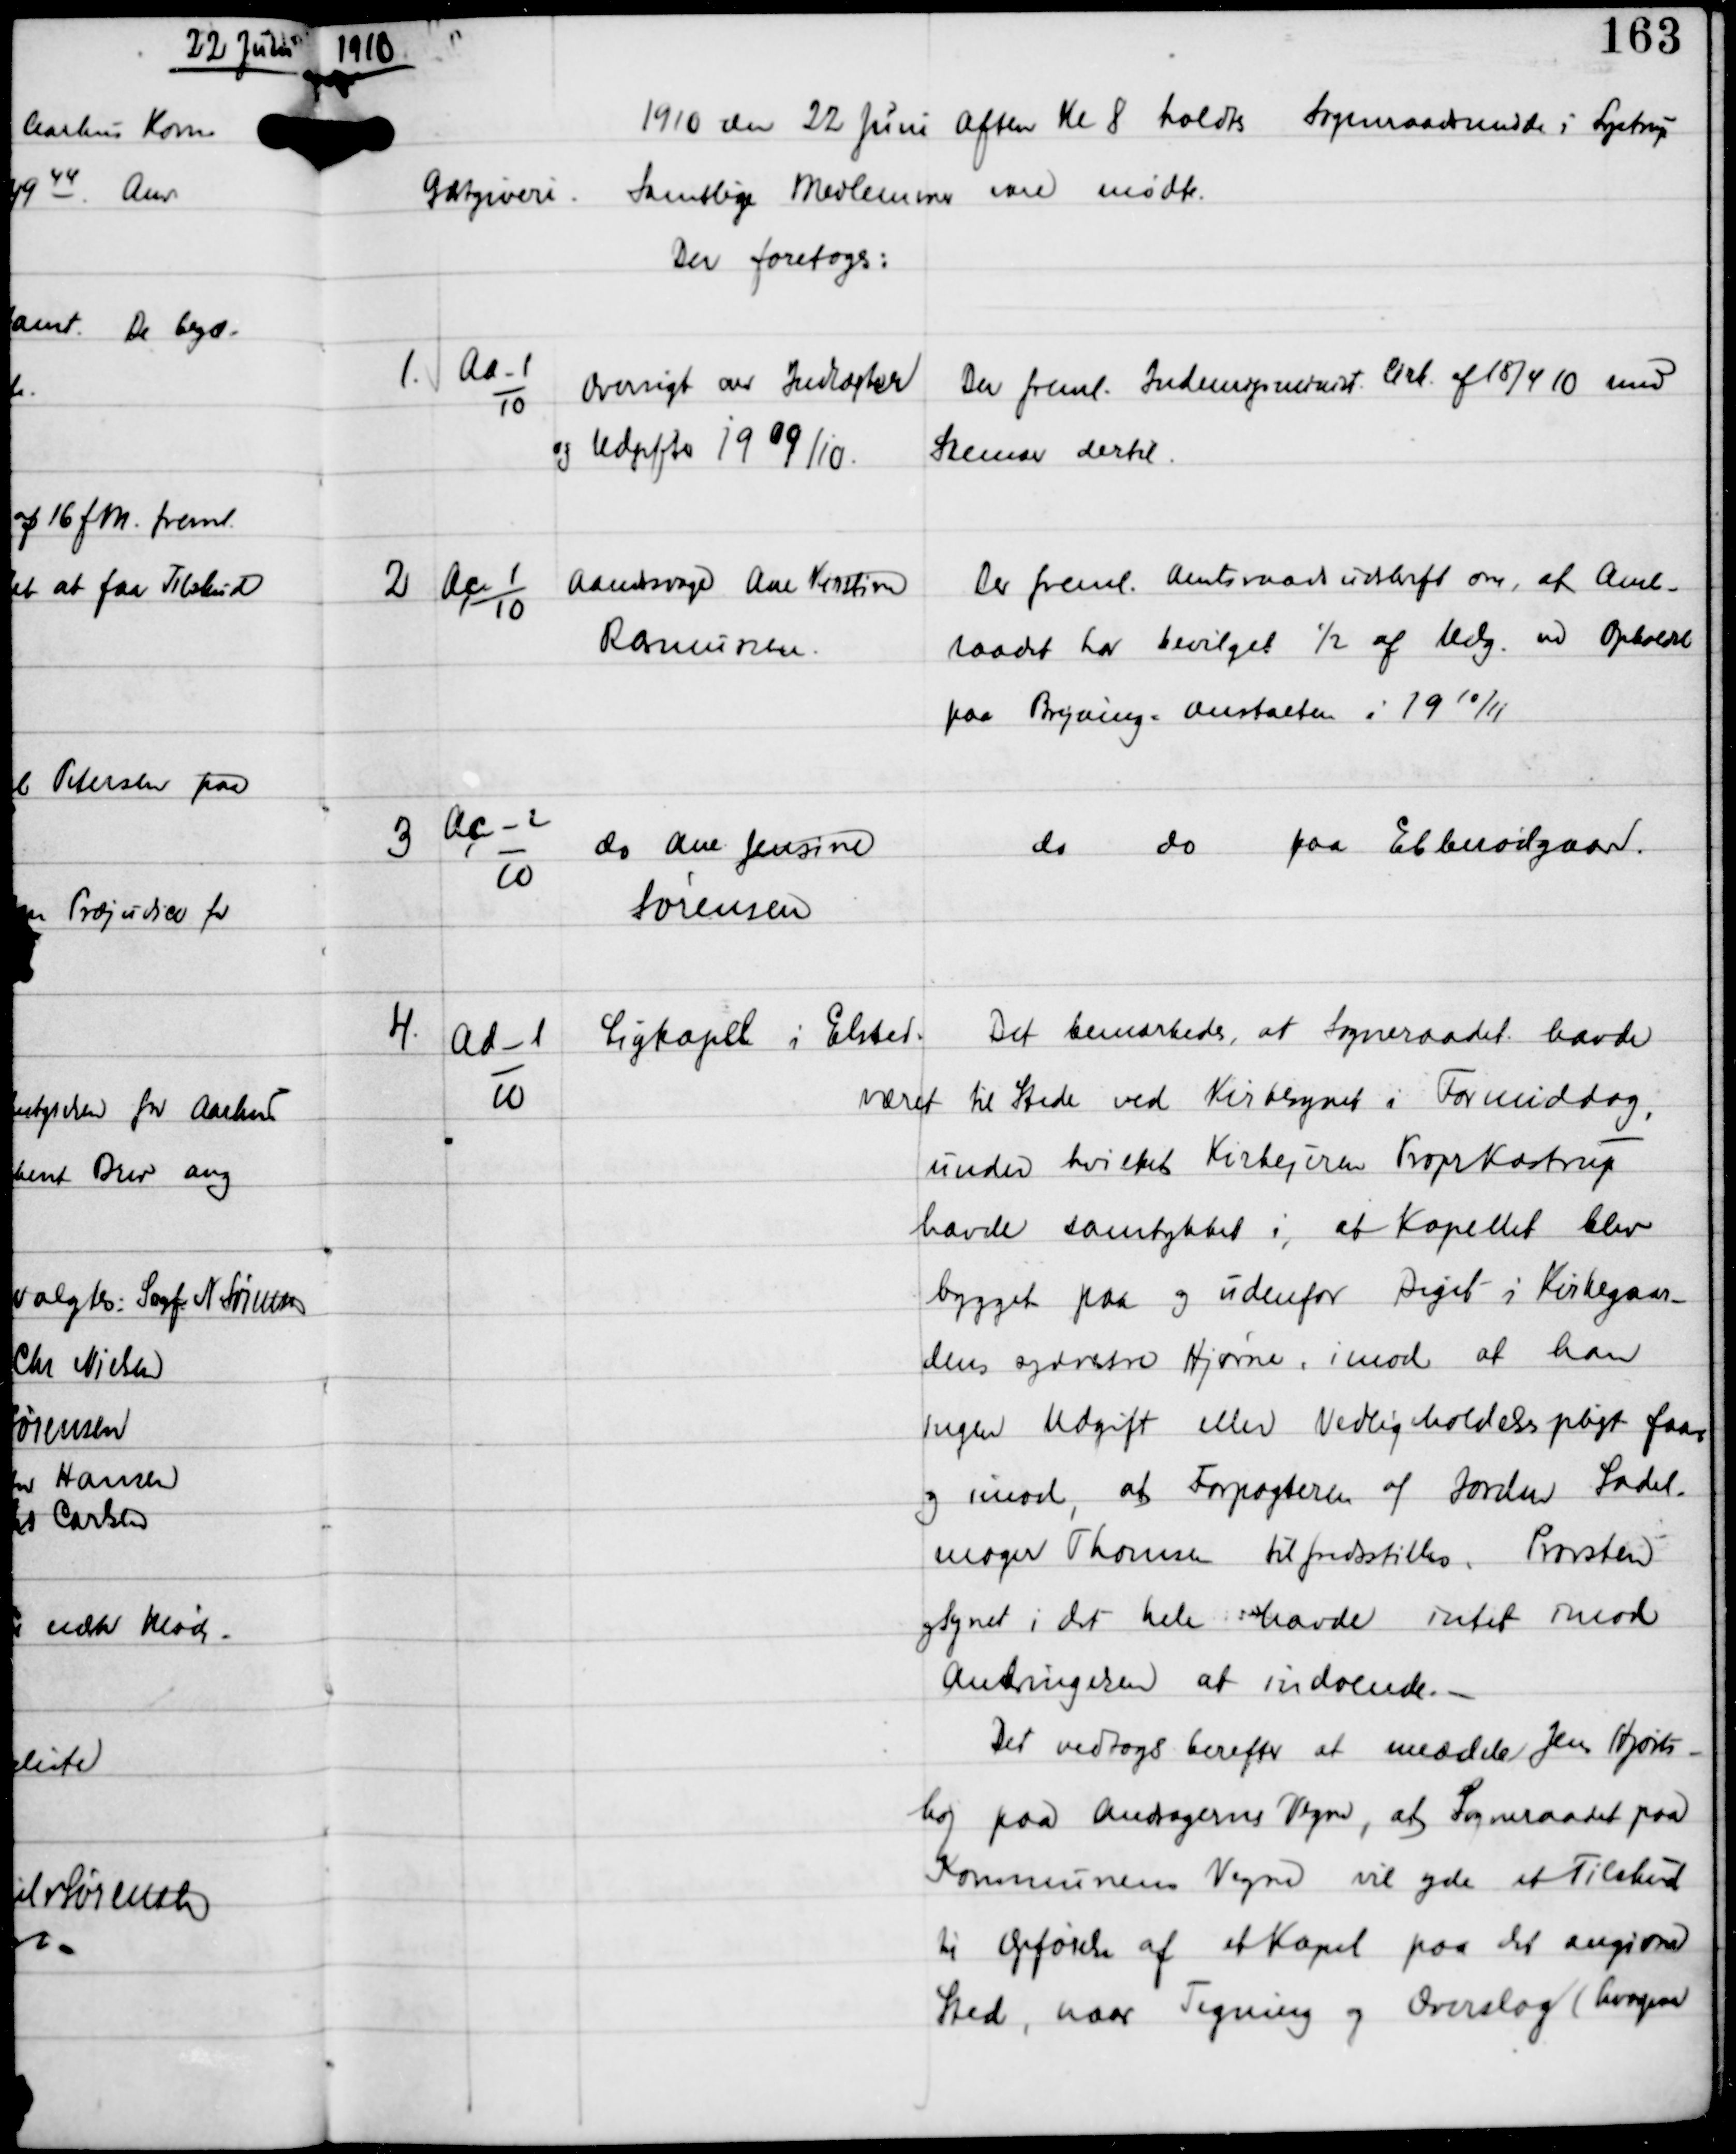
Transskription:
1910

1910 den 22 Juni Aften Kl 8 holdtes Sogneraadsmøde i Lystrup
Gæstgiveri.
Samtlige Medlemmer vare mødte.
Der foretoges:

1

Aa-1
10

Oversigt over Indtægter
og Udgifter 1909/10.

Der freml. Indenrigsminist Cirk af 18/4 10 med
Skemaer dertil.

2

Ac-1
10

Aandsvage Ane Kirstine
Rasmussen

Der freml Amtsraadsudskrift om, at Amts-
raadet har bevilget ½ af Udg. ved Ophold
paa Brejning-Anstalten i 19 10/11

3

Ac-2
10

do Ane Jensine
Sørensen

do
do
paa Ebberødgaard.

4

Ad-1
10

Ligkapel i Elsted.

Det bemærkedes, at Sogneraadet havde

været til Stede ved Kirkesynet i Formiddag
under hvilket Kirkejeren Propr Kastrup
havde samtykket i, at Kapellet blev
bygget paa og udenfor Diget i Kirkegaar-
dens yderste Hjørne imod at han
ingen Udgift eller Vedligeholdelsespligt faar,
og imod, at Forpagteren af Jorden Sadel-
mager Thomsen tilfredsstilles. Provsten
og Synet i det hele havde intet imod
Anbringelsen at indvende. -
Det vedtoges herefter at meddele Jens Hjorts-
høj paa Andragerens Vegne, at Sogneraadet paa
Kommunens Vegne vil yde et Tilskud
til Opførelse af et Kapel paa det angivne
Sted, naar Tegning og Overslag (hvorogsaa